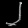
Digit: ၂